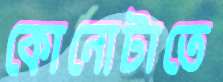
কোনোটাতে